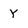
Character: Y